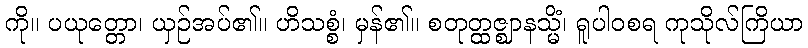
ကို။ ပယုတ္တော၊ ယှဉ်အပ်၏။ ဟိသစ္စံ၊ မှန်၏။ စတုတ္ထဇ္ဈာနသ္မိံ၊ ရူပါဝစရ ကုသိုလ်ကြိယာ